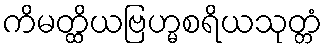
ကိမတ္ထိယဗြဟ္မစရိယသုတ္တံ